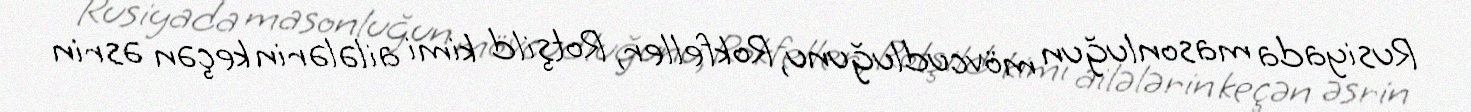
Rusiyada masonluğun mövcudluğunu, Rokfeller, Rotşild kimi ailələrin keçən əsrin